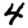
Digit: 4